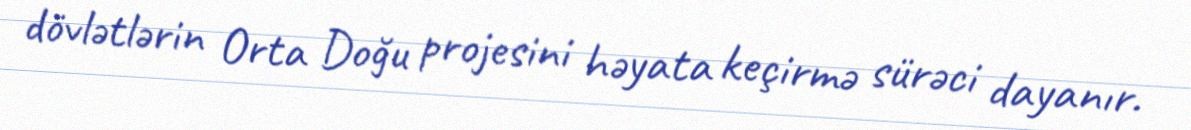
dövlətlərin Orta Doğu projesini həyata keçirmə sürəci dayanır.